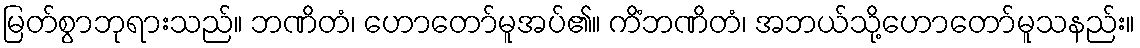
မြတ်စွာဘုရားသည်။ ဘဏိတံ၊ ဟောတော်မူအပ်၏။ ကိံဘဏိတံ၊ အဘယ်သို့ဟောတော်မူသနည်း။